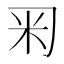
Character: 𥸥